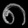
Digit: ၈